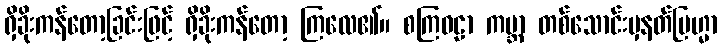
ရှိခိုးကန်တော့ခြင်းဖြင့် ရှိခိုးကန်တော့ ကြလေ၏။ စကြဝဠာ ကမ္ဘာ တစ်သောင်းမှနတ်ဗြဟ္မာ